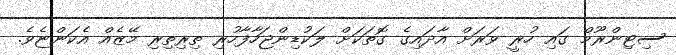
ސިޓިންރޫމް ގައި ހުރީ ވަރަށް އާދައިގެ ގޮތަކަށް ލަކުޑިންޖަހާފާހުރި ތިރިތިރި މޭޒެއް އެކަންޏެވެ.